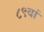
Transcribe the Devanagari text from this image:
८९वां